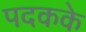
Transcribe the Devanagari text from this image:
पदकके